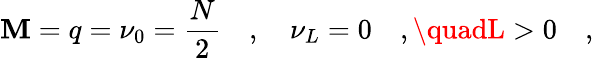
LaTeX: \mathbf{M}=q=\nu_{0}=\frac{{N}}{{2}}\quad,\quad\nu_{L}=0\quad,\quadL>0\quad,